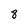
Character: 8